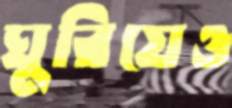
ঘুরিয়েও